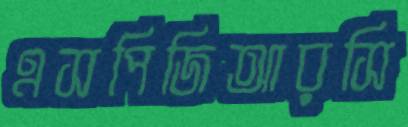
এসপিজিআরসি